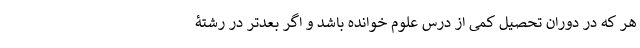
هر که در دوران تحصیل کمی از درس علوم خوانده باشد و اگر بعدتر در رشتۀ